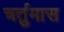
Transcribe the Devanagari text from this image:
चर्तुमास